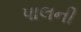
પાલની